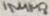
Text: 1N4148